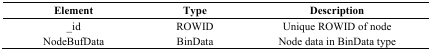
<table><thead><tr><td><b>Element</b></td><td><b>Type</b></td><td><b>Description</b></td></tr></thead><tbody><tr><td>_id</td><td>ROWID</td><td>Unique ROWID of node</td></tr><tr><td>NodeBufData</td><td>BinData</td><td>Node data in BinData type</td></tr></tbody></table>